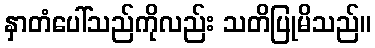
နှာတံပေါ်သည်ကိုလည်း သတိပြုမိသည်။